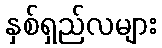
နှစ်ရှည်လများ